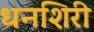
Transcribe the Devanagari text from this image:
धनशिरी